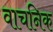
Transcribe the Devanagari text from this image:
वाचनिक